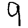
Digit: 9